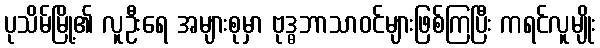
ပုသိမ်မြို့၏ လူဦးရေ အများစုမှာ ဗုဒ္ဓဘာသာဝင်များဖြစ်ကြပြီး ကရင်လူမျိုး